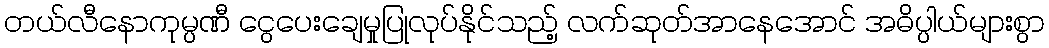
တယ်လီနောကုမ္ပဏီ ငွေပေးချေမှုပြုလုပ်နိုင်သည့် လက်ဆုတ်အာနေအောင် အဓိပ္ပါယ်များစွာ